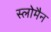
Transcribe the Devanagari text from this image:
स्लोमैन